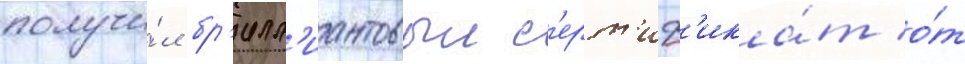
получи́л бр'илл'иантовыи с'ерт'иф'ика́т о́т